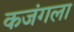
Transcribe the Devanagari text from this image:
कजंगला